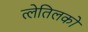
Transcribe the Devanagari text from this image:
त्लेतिलको